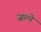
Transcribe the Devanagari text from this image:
जल्ने